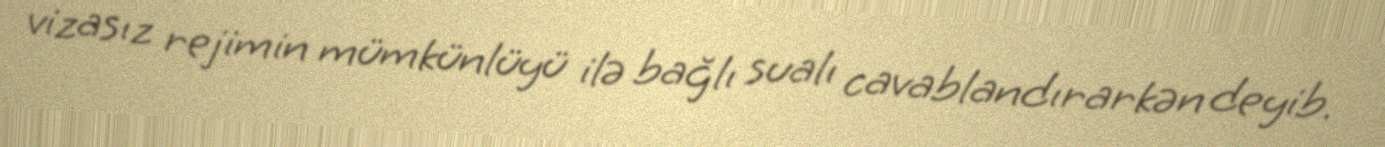
vizasız rejimin mümkünlüyü ilə bağlı sualı cavablandırarkən deyib.